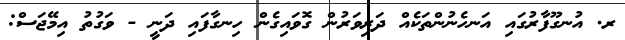
ރ. އުނގޫފާރުގައި އަނހެނުންތަކެއް ދަރިވަރުން ގޮވައިގެން ހިނގާފައި ދަނީ - ވަގުތު އިމޭޖަސް: